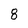
Character: 8